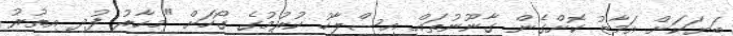
ބަޔަކަށް އަމާޒު ކޮށްގެން ގާނޫނުތައް އިސްލާހު ކުރުމުގެ ގޯހަށް "މިހާރު ފުދި އިތުރު